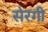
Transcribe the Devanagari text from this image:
सेरगी